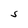
Character: S